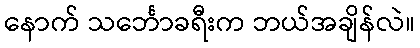
နောက် သင်္ဘောခရီးက ဘယ်အချိန်လဲ။